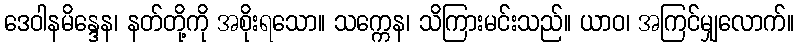
ဒေဝါနမိန္ဒေန၊ နတ်တို့ကို အစိုးရသော။ သက္ကေန၊ သိကြားမင်းသည်။ ယာဝ၊ အကြင်မျှလောက်။